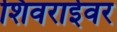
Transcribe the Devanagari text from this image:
शिवराईवर